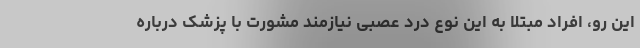
این رو، افراد مبتلا به این نوع درد عصبی نیازمند مشورت با پزشک درباره